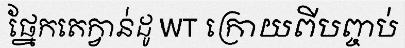
ផ្នែកតេក្វាន់ដូ WT ក្រោយពីបញ្ចប់